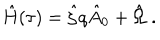
\hat { H } ( \tau ) = \hat { \zeta } q \hat { A } _ { 0 } + \hat { \Omega } \; .